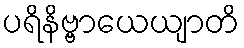
ပရိနိဗ္ဗာယေယျာတိ